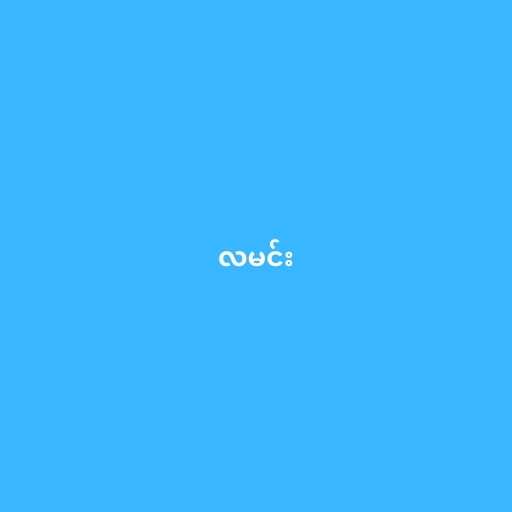
လမင်း